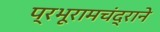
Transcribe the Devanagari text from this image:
प्रभूरामचंद्राने